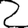
Digit: 2